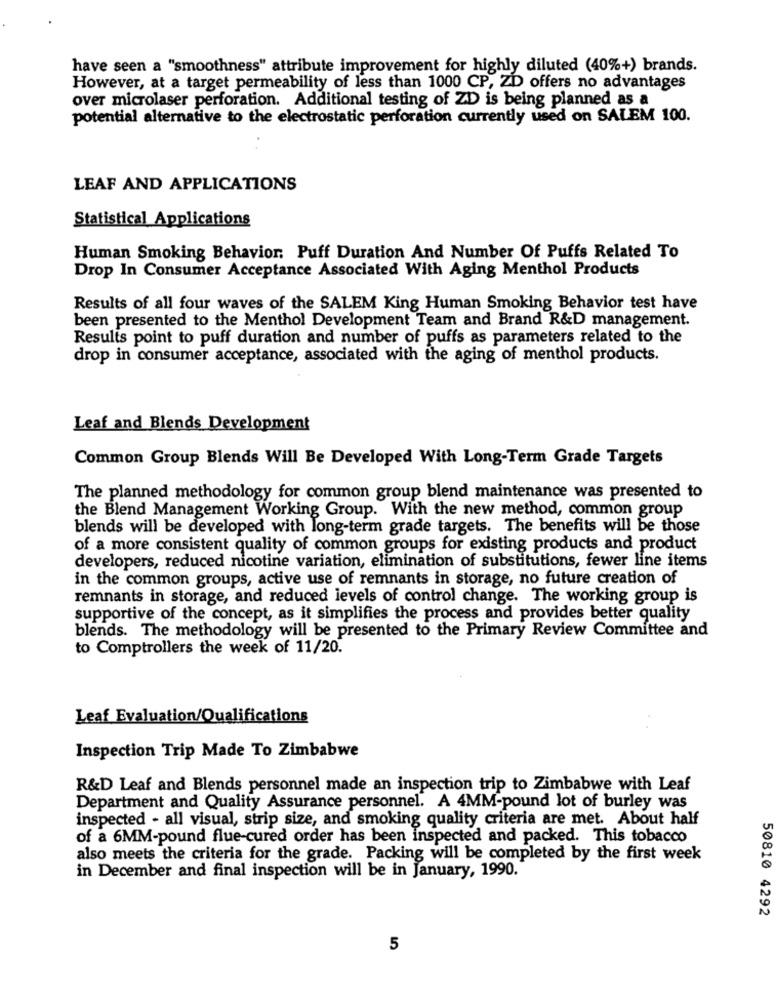
have seen a "smoothness" attribute improvement for highly diluted (40%+) brands.
However, at a target permeability of less than 1000 CP, ZD offers no advantages
over microlaser perforation. Additional testing of ZD is being planned as a
potential alternative to the electrostatic perforation currently used on SALEM 100.
LEAF AND APPLICATIONS
Statistical Applications
Human Smoking Behavior: Puff Duration And Number Of Puffs Related To
Drop In Consumer Acceptance Associated With Aging Menthol Products
Results of all four waves of the SALEM King Human Smoking Behavior test have
been presented to the Menthol Development Team and Brand R&D management.
Results point to puff duration and number of puffs as parameters related to the
drop in consumer acceptance, associated with the aging of menthol products.
Leaf and Blends Development
Common Group Blends Will Be Developed With Long-Term Grade Targets
The planned methodology for common group blend maintenance was presented to
the Blend Management Working Group. With the new method, common group
blends will be developed with long-term grade targets. The benefits will be those
of a more consistent quality of common groups for existing products and product
developers, reduced nicotine variation, elimination of substitutions, fewer line items
in the common groups, active use of remnants in storage, no future creation of
remnants in storage, and reduced levels of control change. The working group is
supportive of the concept, as it simplifies the process and provides better quality
blends. The methodology will be presented to the Primary Review Committee and
to Comptrollers the week of 11/20.
Leaf Evaluation/Qualifications
Inspection Trip Made To Zimbabwe
R&D Leaf and Blends personnel made an inspection trip to Zimbabwe with Leaf
Department and Quality Assurance personnel. A 4MM-pound lot of burley was
inspected - all visual, strip size, and smoking quality criteria are met. About half
of a 6MM-pound flue-cured order has been inspected and packed. This tobacco
also meets the criteria for the grade. Packing will be completed by the first week
in December and final inspection will be in January, 1990.
50810 4292
5